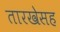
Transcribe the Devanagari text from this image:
तारखेसह